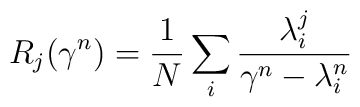
R_j(\gamma^n) = \frac 1 N \sum_i\frac{\lambda_i^{j}}{\gamma^n-\lambda_i^n}